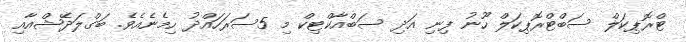
ޓްރޮޕިކަލް ސަބްޓްރޮޕިކަލް ހޫނު ފިނި އަދި ސަބްއާކްޓިކް މި 5ސަރަހައްދު ހިމެނެއެވެ. ބަގްލަދޭޝްއާއި